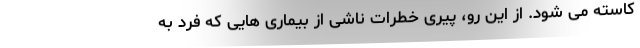
کاسته می شود. از این رو، پیری خطرات ناشی از بیماری هایی که فرد به